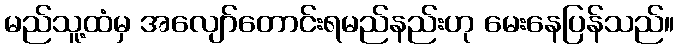
မည်သူ့ထံမှ အလျော်တောင်းရမည်နည်းဟု မေးနေပြန်သည်။